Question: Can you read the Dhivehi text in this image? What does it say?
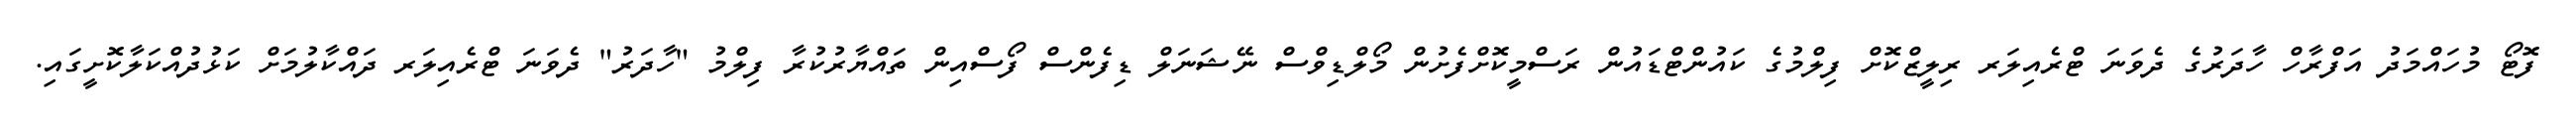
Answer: ފޮޓޯ މުހައްމަދު އަފްރާހް ހާދަރުގެ ދެވަނަ ޓްރެއިލަރ ރިލީޒްކޮށް ފިލްމުގެ ކައުންޓްޑައުން ރަސްމީކޮށްފެށުން މޯލްޑިވްސް ނޭޝަނަލް ޑިފެންސް ފޯސްއިން ތައްޔާރުކުރާ ފިލްމު "ހާދަރު" ދެވަނަ ޓްރެއިލަރ ދައްކާލުމަށް ކަޅުދުއްކަލާކޮށީގައި.